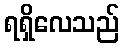
ရရှိလေသည်